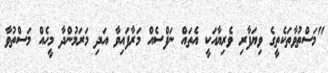
"މަސްތުވާތަކެތީގެ ވިޔަފާރި ވެރިޔާއަކީ އެތައް ނަފްސެއް މަރާފައިވާ އަދި މަރަމުންދާ މީހެއް މަސްތުވާ